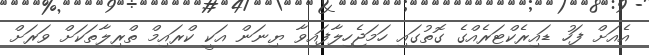
އެއަށް ފަހު ޑައިރެކްޓަރެއްގެ ގޮތުގައި ހަމަޖެހިލާފައިވާ ޔިނަން އަކީ ކްރައިމް ތްރިލާތަކަށް ވަރަށް